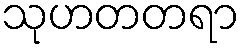
သုဟတတရာ